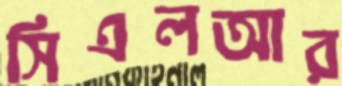
সিএলআর